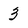
Character: 3